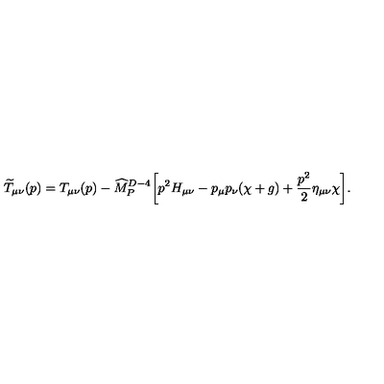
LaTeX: { \widetilde T } _ { \mu \nu } ( p ) = T _ { \mu \nu } ( p ) - { \widehat M } _ { P } ^ { D - 4 } \biggl [ p ^ { 2 } H _ { \mu \nu } - p _ { \mu } p _ { \nu } ( \chi + g ) + { \frac { p ^ { 2 } } { 2 } } \eta _ { \mu \nu } \chi \biggr ] .